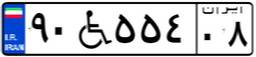
۹۰W۵۵۴۰۸